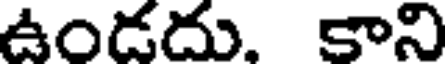
ఉండదు, కాని